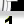
Digit: 1